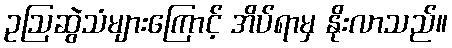
ဥဩဆွဲသံများကြောင့် အိပ်ရာမှ နိုးလာသည်။